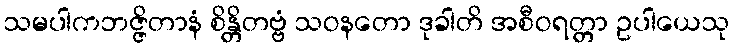
သမပါကဘဇ္ဇိတာနံ စိန္တိတဗ္ဗံ သဝနတော ဒုခါတိ အစီဝရတ္တာ ဥပါယေသု